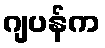
ဂျပန်က